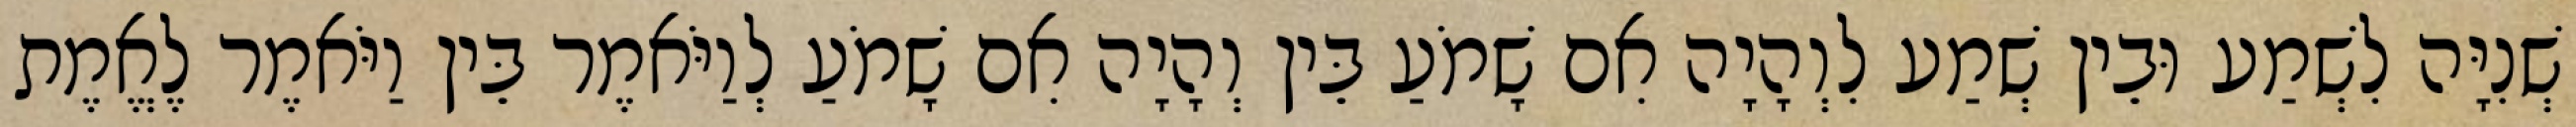
שְׁנִיָּה לִשְׁמַע וּבֵין שְׁמַע לִוְהָיָה אִם שָׁמֹעַ בֵּין וְהָיָה אִם שָׁמֹעַ לְוַיֹּאמֶר בֵּין וַיֹּאמֶר לֶאֱמֶת